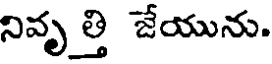
నివృ త్తి జేయును.